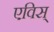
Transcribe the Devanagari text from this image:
एविस्